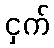
ငှက်